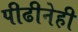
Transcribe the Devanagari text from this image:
पीढीनेही